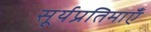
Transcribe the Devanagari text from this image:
सूर्यप्रतिमाएँ